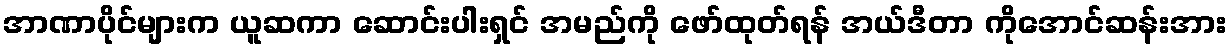
အာဏာပိုင်များက ယူဆကာ ဆောင်းပါးရှင် အမည်ကို ဖော်ထုတ်ရန် အယ်ဒီတာ ကိုအောင်ဆန်းအား